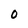
Character: 0